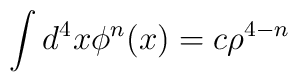
\int d^4x\phi ^{n}(x)=c\rho^{4-n}